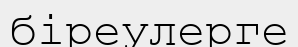
біреулерге